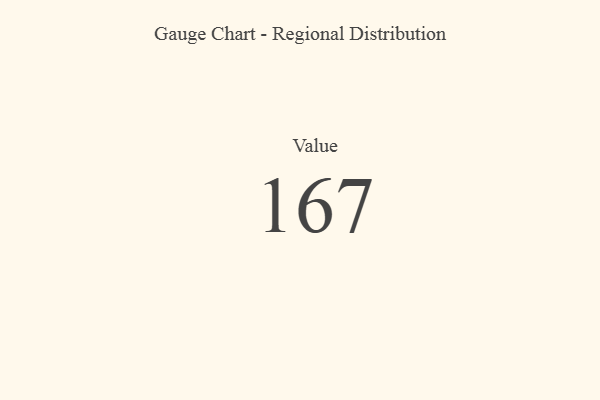
{"axis": {"x": "Metric", "y": "Value"}, "legend": [""], "data": [{"x": "Value", "y": 167, "type": ""}]}